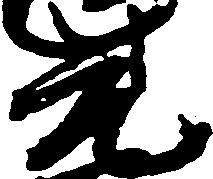
元